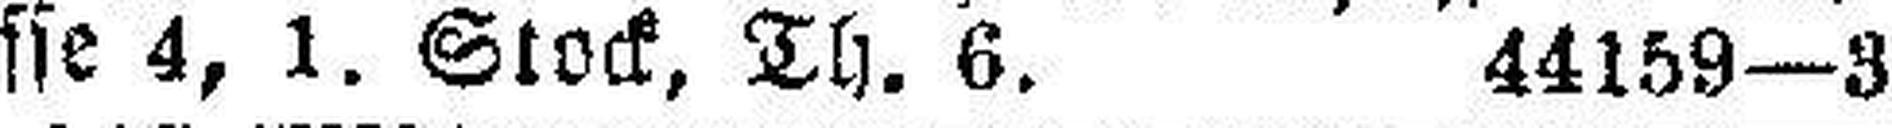
gasse 4, 1. Stock, Th. 6. 44159—3